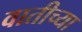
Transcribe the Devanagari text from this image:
वातीच्या